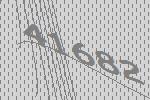
41682